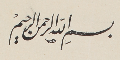
بسمِ الله الرحمن الرحيم